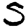
Digit: 5